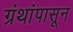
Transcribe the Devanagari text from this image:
ग्रंथांपासून